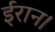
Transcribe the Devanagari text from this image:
ईरान।